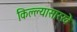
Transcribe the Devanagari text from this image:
किल्ल्यासारखे